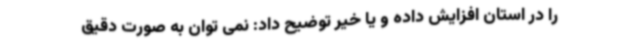
را در استان افزایش داده و یا خیر توضیح داد: نمی توان به صورت دقیق